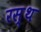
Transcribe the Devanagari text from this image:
रस्थ